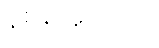
နစ်နာမှုများကို